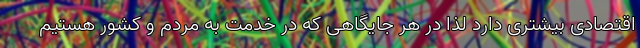
اقتصادی بیشتری دارد لذا در هر جایگاهی که در خدمت به مردم و کشور هستیم